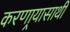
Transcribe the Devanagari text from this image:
करणार्‍यासाथी